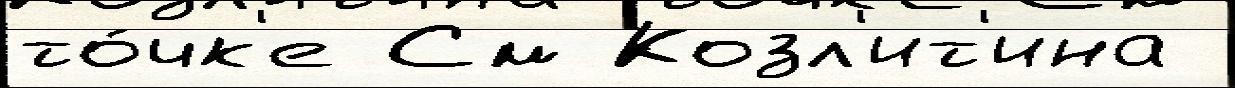
то́чк'е См Козл'ит'ина